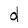
Character: d